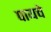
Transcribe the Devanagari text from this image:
पायचे